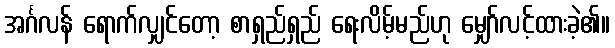
အင်္ဂလန် ရောက်လျှင်တော့ စာရှည်ရှည် ရေးလိမ့်မည်ဟု မျှော်လင့်ထားခဲ့၏။